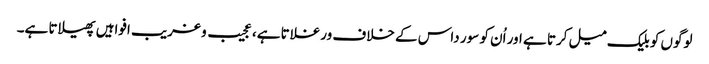
لوگوں کو بلیک میل کرتا ہے اور اُن کو سور داس کے خلاف ورغلاتا ہے، عجیب و غریب افواہیں پھیلاتا ہے۔